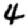
Digit: 4